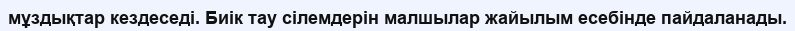
мұздықтар кездеседі. Биік тау сілемдерін малшылар жайылым есебінде пайдаланады.